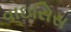
વાઇસિસ